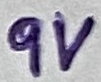
Text: 9V